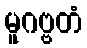
မူဂဗ္ဗတံ